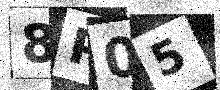
Text: 8P05